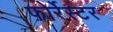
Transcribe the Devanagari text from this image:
फोर्रेस्टर